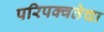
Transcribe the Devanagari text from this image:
परिपक्वतेचा